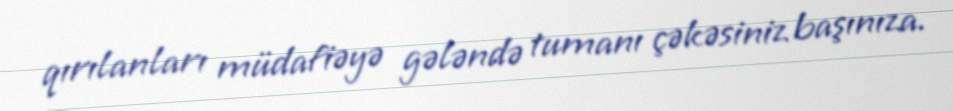
qırılanları müdafiəyə gələndə tumanı çəkəsiniz başınıza.